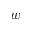
w